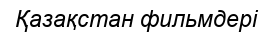
Қазақстан фильмдері